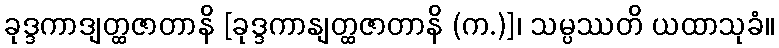
ခုဒ္ဒကာဒျတ္ထဇာတာနိ [ခုဒ္ဒကာနျတ္ထဇာတာနိ (က.)]၊ သမ္ပဿတိ ယထာသုခံ။